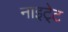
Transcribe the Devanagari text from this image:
नाइटे्ट